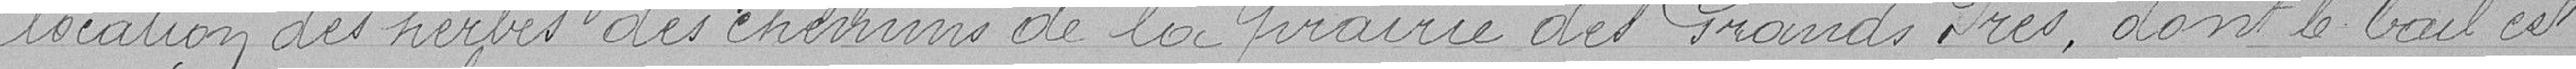
la location des herbes des chemins de la prairie des Grands Prés, dont le bail est